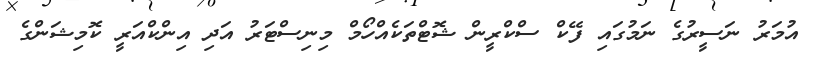
އުމަރު ނަސީރުގެ ނަމުގައި ފޭކް ސްކްރީން ޝޮޓްތަކެއްހޯމް މިނިސްޓަރު އަދި އިންކްއަރީ ކޮމިޝަންގެ